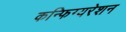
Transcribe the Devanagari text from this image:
कन्फिग्यरेशन